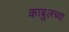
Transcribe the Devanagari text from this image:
काबुलच्या